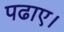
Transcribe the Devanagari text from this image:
पढाए।